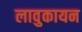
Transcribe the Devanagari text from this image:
लावुकायन